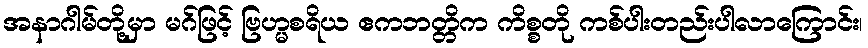
အနာဂါမ်တို့မှာ မဂ်ဖြင့် ဗြဟ္မစရိယ ဧကဘတ္တိက ကိစ္စတို ကစ်ပါးတည်းပါလာကြောင်း၊